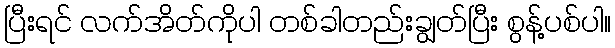
ပြီးရင် လက်အိတ်ကိုပါ တစ်ခါတည်းချွတ်ပြီး စွန့်ပစ်ပါ။